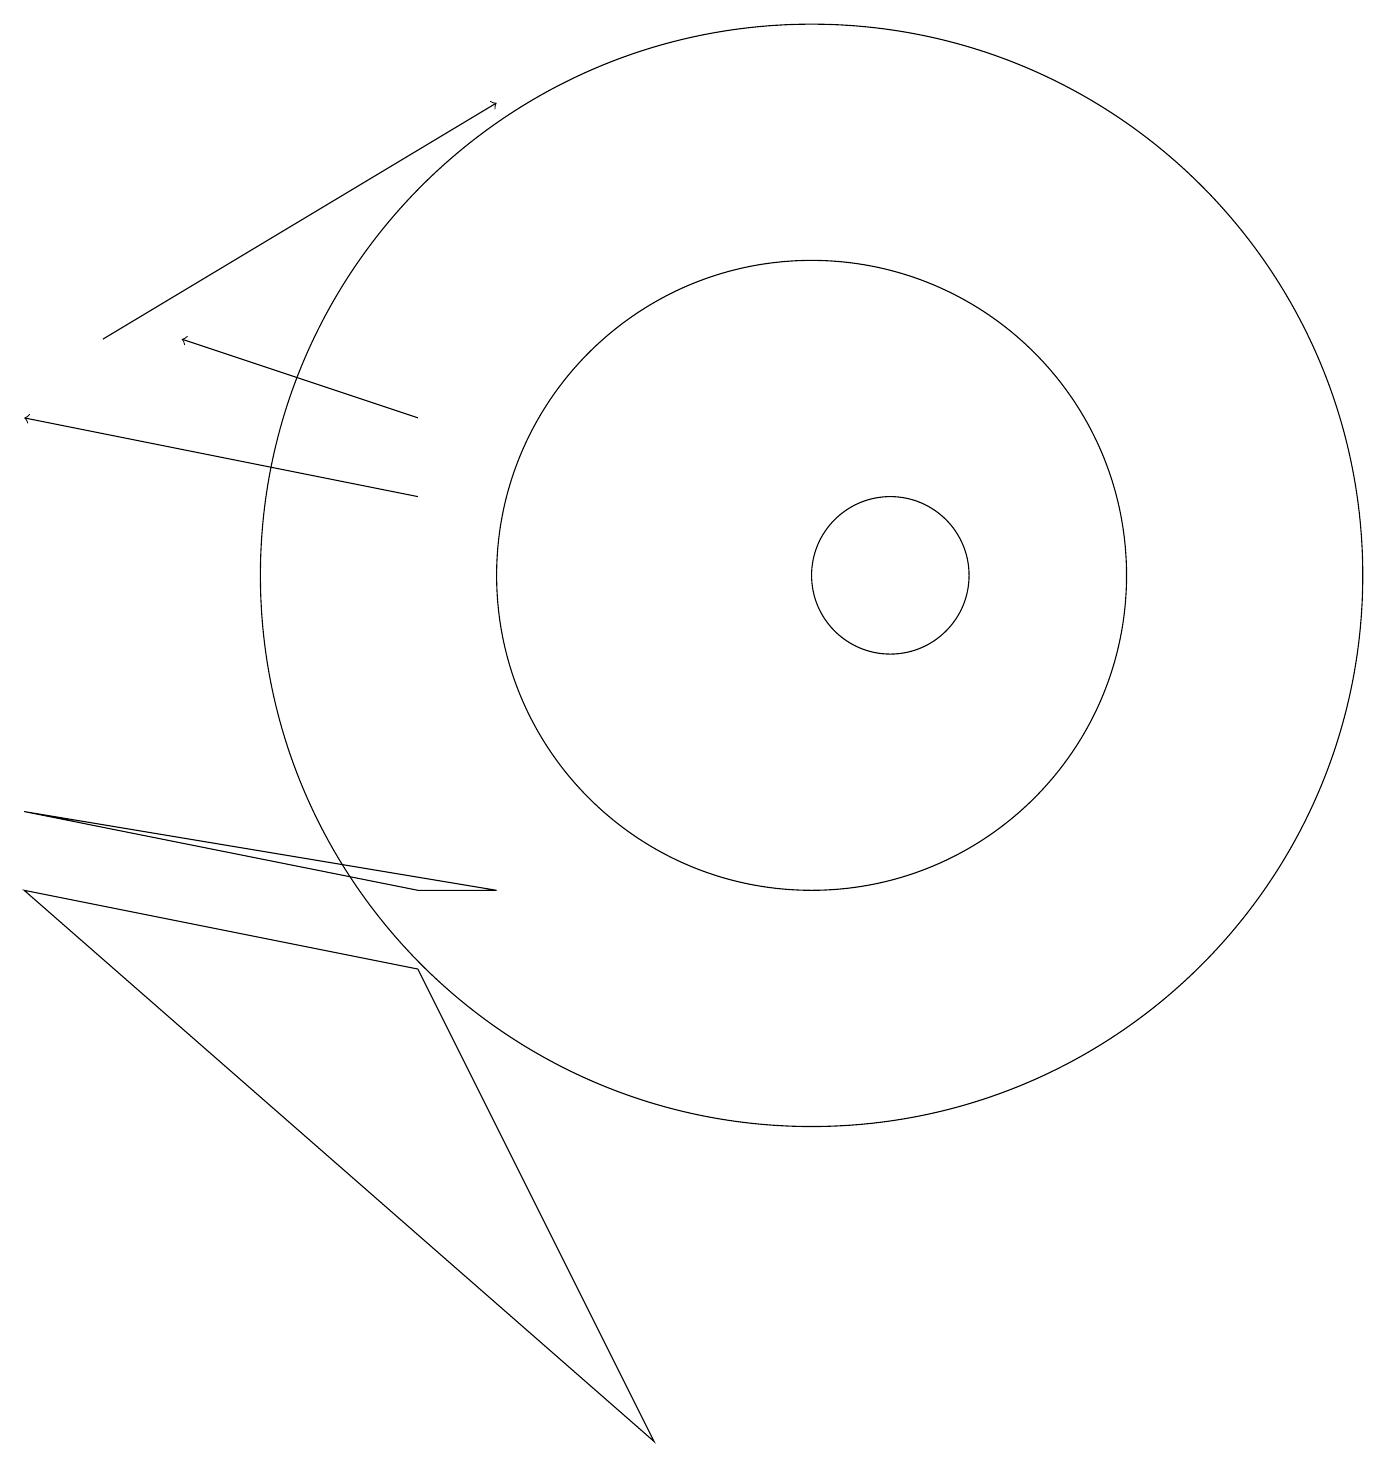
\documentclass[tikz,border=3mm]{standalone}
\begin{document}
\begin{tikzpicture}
\draw (5,6) -- (0,7) -- (8,0) -- cycle;
\draw (5,7) -- (6,7) -- (0,8) -- cycle;
\draw[->] (5,12) -- (0,13);
\draw (11,11) circle (1);
\draw[->] (5,13) -- (2,14);
\draw (10,11) circle (7);
\draw[->] (1,14) -- (6,17);
\draw (10,11) circle (4);
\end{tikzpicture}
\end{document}